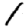
Digit: 1